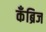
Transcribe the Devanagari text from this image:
कॅंब्रिज